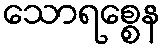
သောရစ္စေန